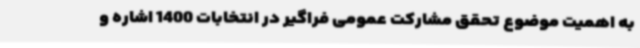
به اهمیت موضوع تحقق مشارکت عمومی فراگیر در انتخابات 1400 اشاره و